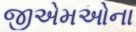
જીએમઓના